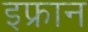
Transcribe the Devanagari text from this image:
इफ्रान